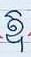
ឱ